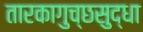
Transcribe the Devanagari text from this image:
तारकागुच्छसुद्धा